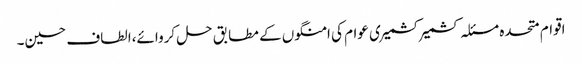
اقوام متحدہ مسئلہ کشمیر کشمیری عوام کی امنگوں کے مطابق حل کروائے،الطاف حسین۔